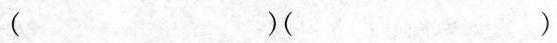
() ()